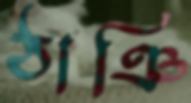
ঠাঞি